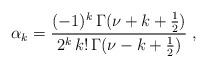
\begin{align*}\alpha_k=\frac{(-1)^k\,\Gamma(\nu+k+\frac{1}{2})}{2^k\,k!\,\Gamma(\nu-k+\frac{1}{2})}\;,\end{align*}